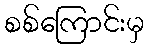
စစ်ကြောင်းမှ